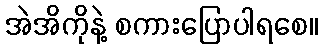
အဲအိကိုနဲ့ စကားပြောပါရစေ။